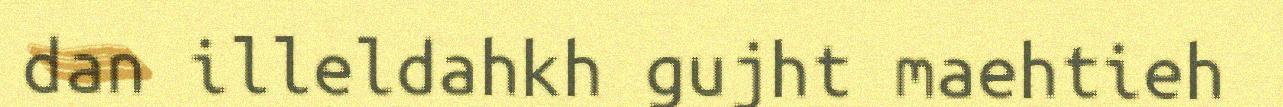
dan illeldahkh gujht maehtieh